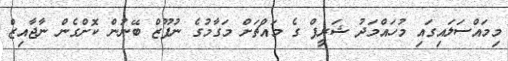
މިމައްސަލައިގައި މުހައްމަދު ޝަރީފް ގެ މައްޗަށް މަގާމުގެ ނުފޫޒް ބޭނުން ކޮށްގެން ނާޖާއިޒް